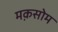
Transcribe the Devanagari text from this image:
मक़सोम